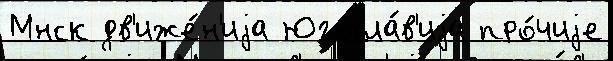
Мнск дв'иже́н'иjа Югосла́в'иjа про́чиjе